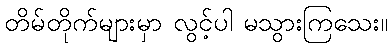
တိမ်တိုက်များမှာ လွင့်ပါ မသွားကြသေး။